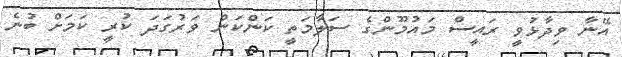
އޭނާ ވިދާޅުވީ ރައީސް މައުމޫންގެ ސަލާމަތީ ކަންކަން ވަރުގަދަ ކުރީ ކަމަށް ބުނެ